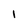
Character: I